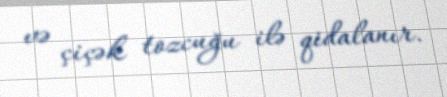
və çiçək tozcuğu ilə qidalanır.